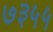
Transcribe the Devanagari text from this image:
७३५५